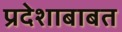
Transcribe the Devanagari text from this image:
प्रदेशाबाबत